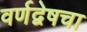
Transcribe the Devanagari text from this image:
वर्णद्वेषचा